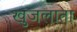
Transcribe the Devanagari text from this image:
खुजलाता